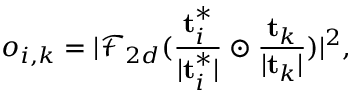
o _ { i , k } = \lvert \mathcal { F } _ { 2 d } ( \frac { \mathbf { t } _ { i } ^ { * } } { \lvert \mathbf { t } _ { i } ^ { * } \rvert } \odot \frac { \mathbf { t } _ { k } } { \lvert \mathbf { t } _ { k } \rvert } ) \rvert ^ { 2 } ,